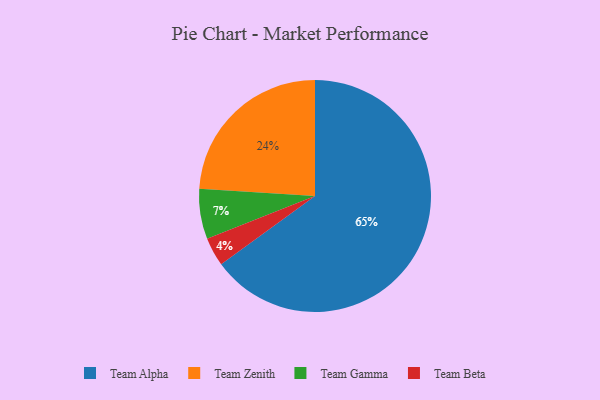
{"axis": {"x": "Category", "y": "Percentage"}, "legend": ["Team Alpha", "Team Beta", "Team Gamma", "Team Zenith"], "data": [{"x": "Team Beta", "y": 4, "type": "Team Beta"}, {"x": "Team Alpha", "y": 65, "type": "Team Alpha"}, {"x": "Team Gamma", "y": 7, "type": "Team Gamma"}, {"x": "Team Zenith", "y": 24, "type": "Team Zenith"}]}